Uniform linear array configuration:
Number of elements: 48
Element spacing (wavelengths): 1
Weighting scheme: hann
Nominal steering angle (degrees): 60
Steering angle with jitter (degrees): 58.482
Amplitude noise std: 0.05
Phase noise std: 0.05

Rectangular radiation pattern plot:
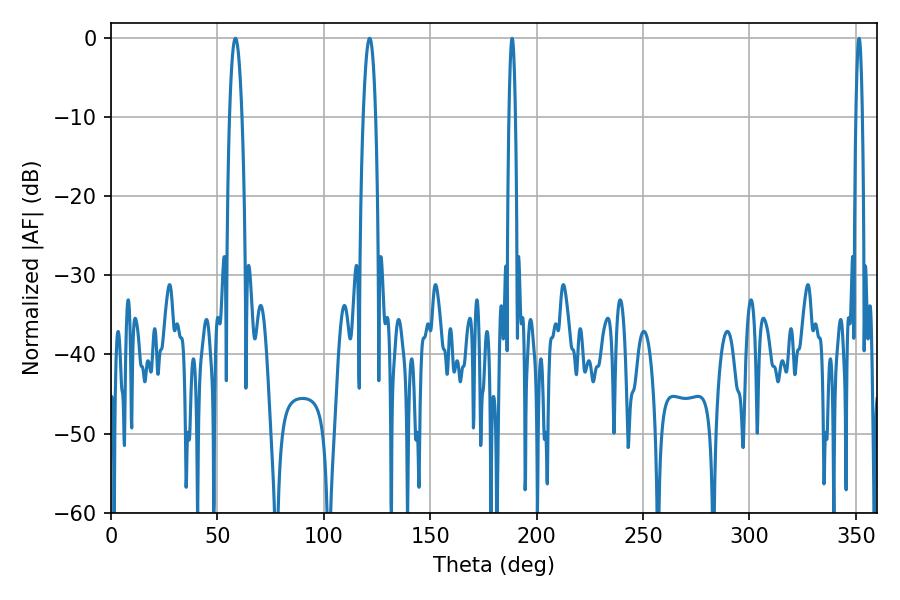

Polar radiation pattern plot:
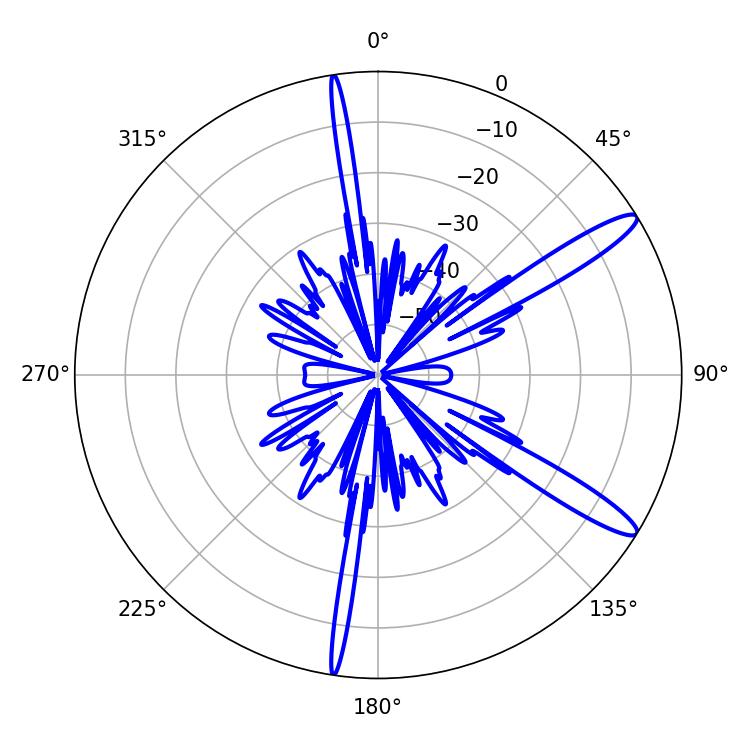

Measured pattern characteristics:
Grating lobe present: TRUE
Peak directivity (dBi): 13.234
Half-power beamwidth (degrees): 3.24
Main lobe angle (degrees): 58.5